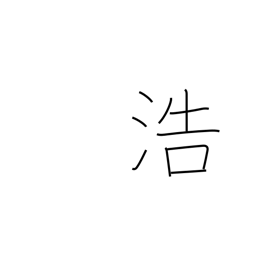
Meaning: abundance